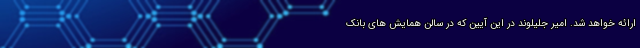
ارائه خواهد شد. امیر جلیلوند در این آیین که در سالن همایش های بانک